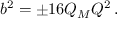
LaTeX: b ^ { 2 } = \pm 1 6 Q _ { M } Q ^ { 2 } \, .